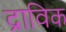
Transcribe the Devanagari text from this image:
द्राविक